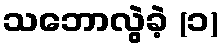
သဘောလွဲခဲ့ (၁)